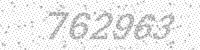
Solution: 762963